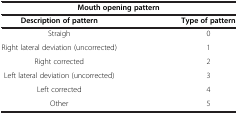
| <COLSPAN=2> Mouth opening pattern |
 | Description of pattern | Type of pattern |
 | --- | --- |
 | Straigh | 0 |
 | Right lateral deviation (uncorrected) | 1 |
 | Right corrected | 2 |
 | Left lateral deviation (uncorrected) | 3 |
 | Left corrected | 4 |
 | Other | 5 |